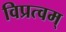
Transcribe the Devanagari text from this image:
विप्रत्वम्